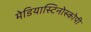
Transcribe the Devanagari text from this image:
मेडियास्टिनोस्कोपी